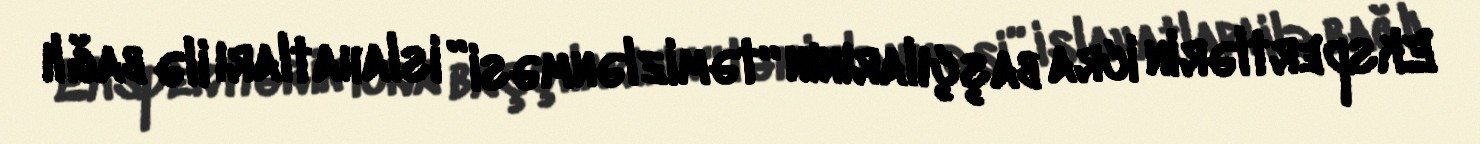
Ekspertlərin icra başçılarının “təmizlənməsi” islahatları ilə bağlı